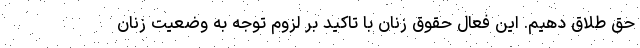
حق طلاق دهیم. این فعال حقوق زنان با تاکید بر لزوم توجه به وضعیت زنان